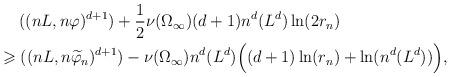
LaTeX: \begin{align*}&\quad\;((nL,n\varphi)^{d+1})+\frac{1}{2}\nu(\Omega_\infty)(d+1)n^d(L^d)\ln(2r_n)\\&\geqslant((nL,n\widetilde \varphi_n)^{d+1})-\nu(\Omega_\infty)n^d(L^d)\Big((d+1)\ln(r_n)+\ln(n^d(L^d))\Big),\end{align*}